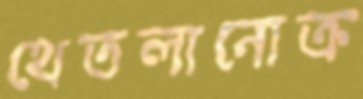
থেতলানোক্র